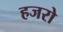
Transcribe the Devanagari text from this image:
हजरो